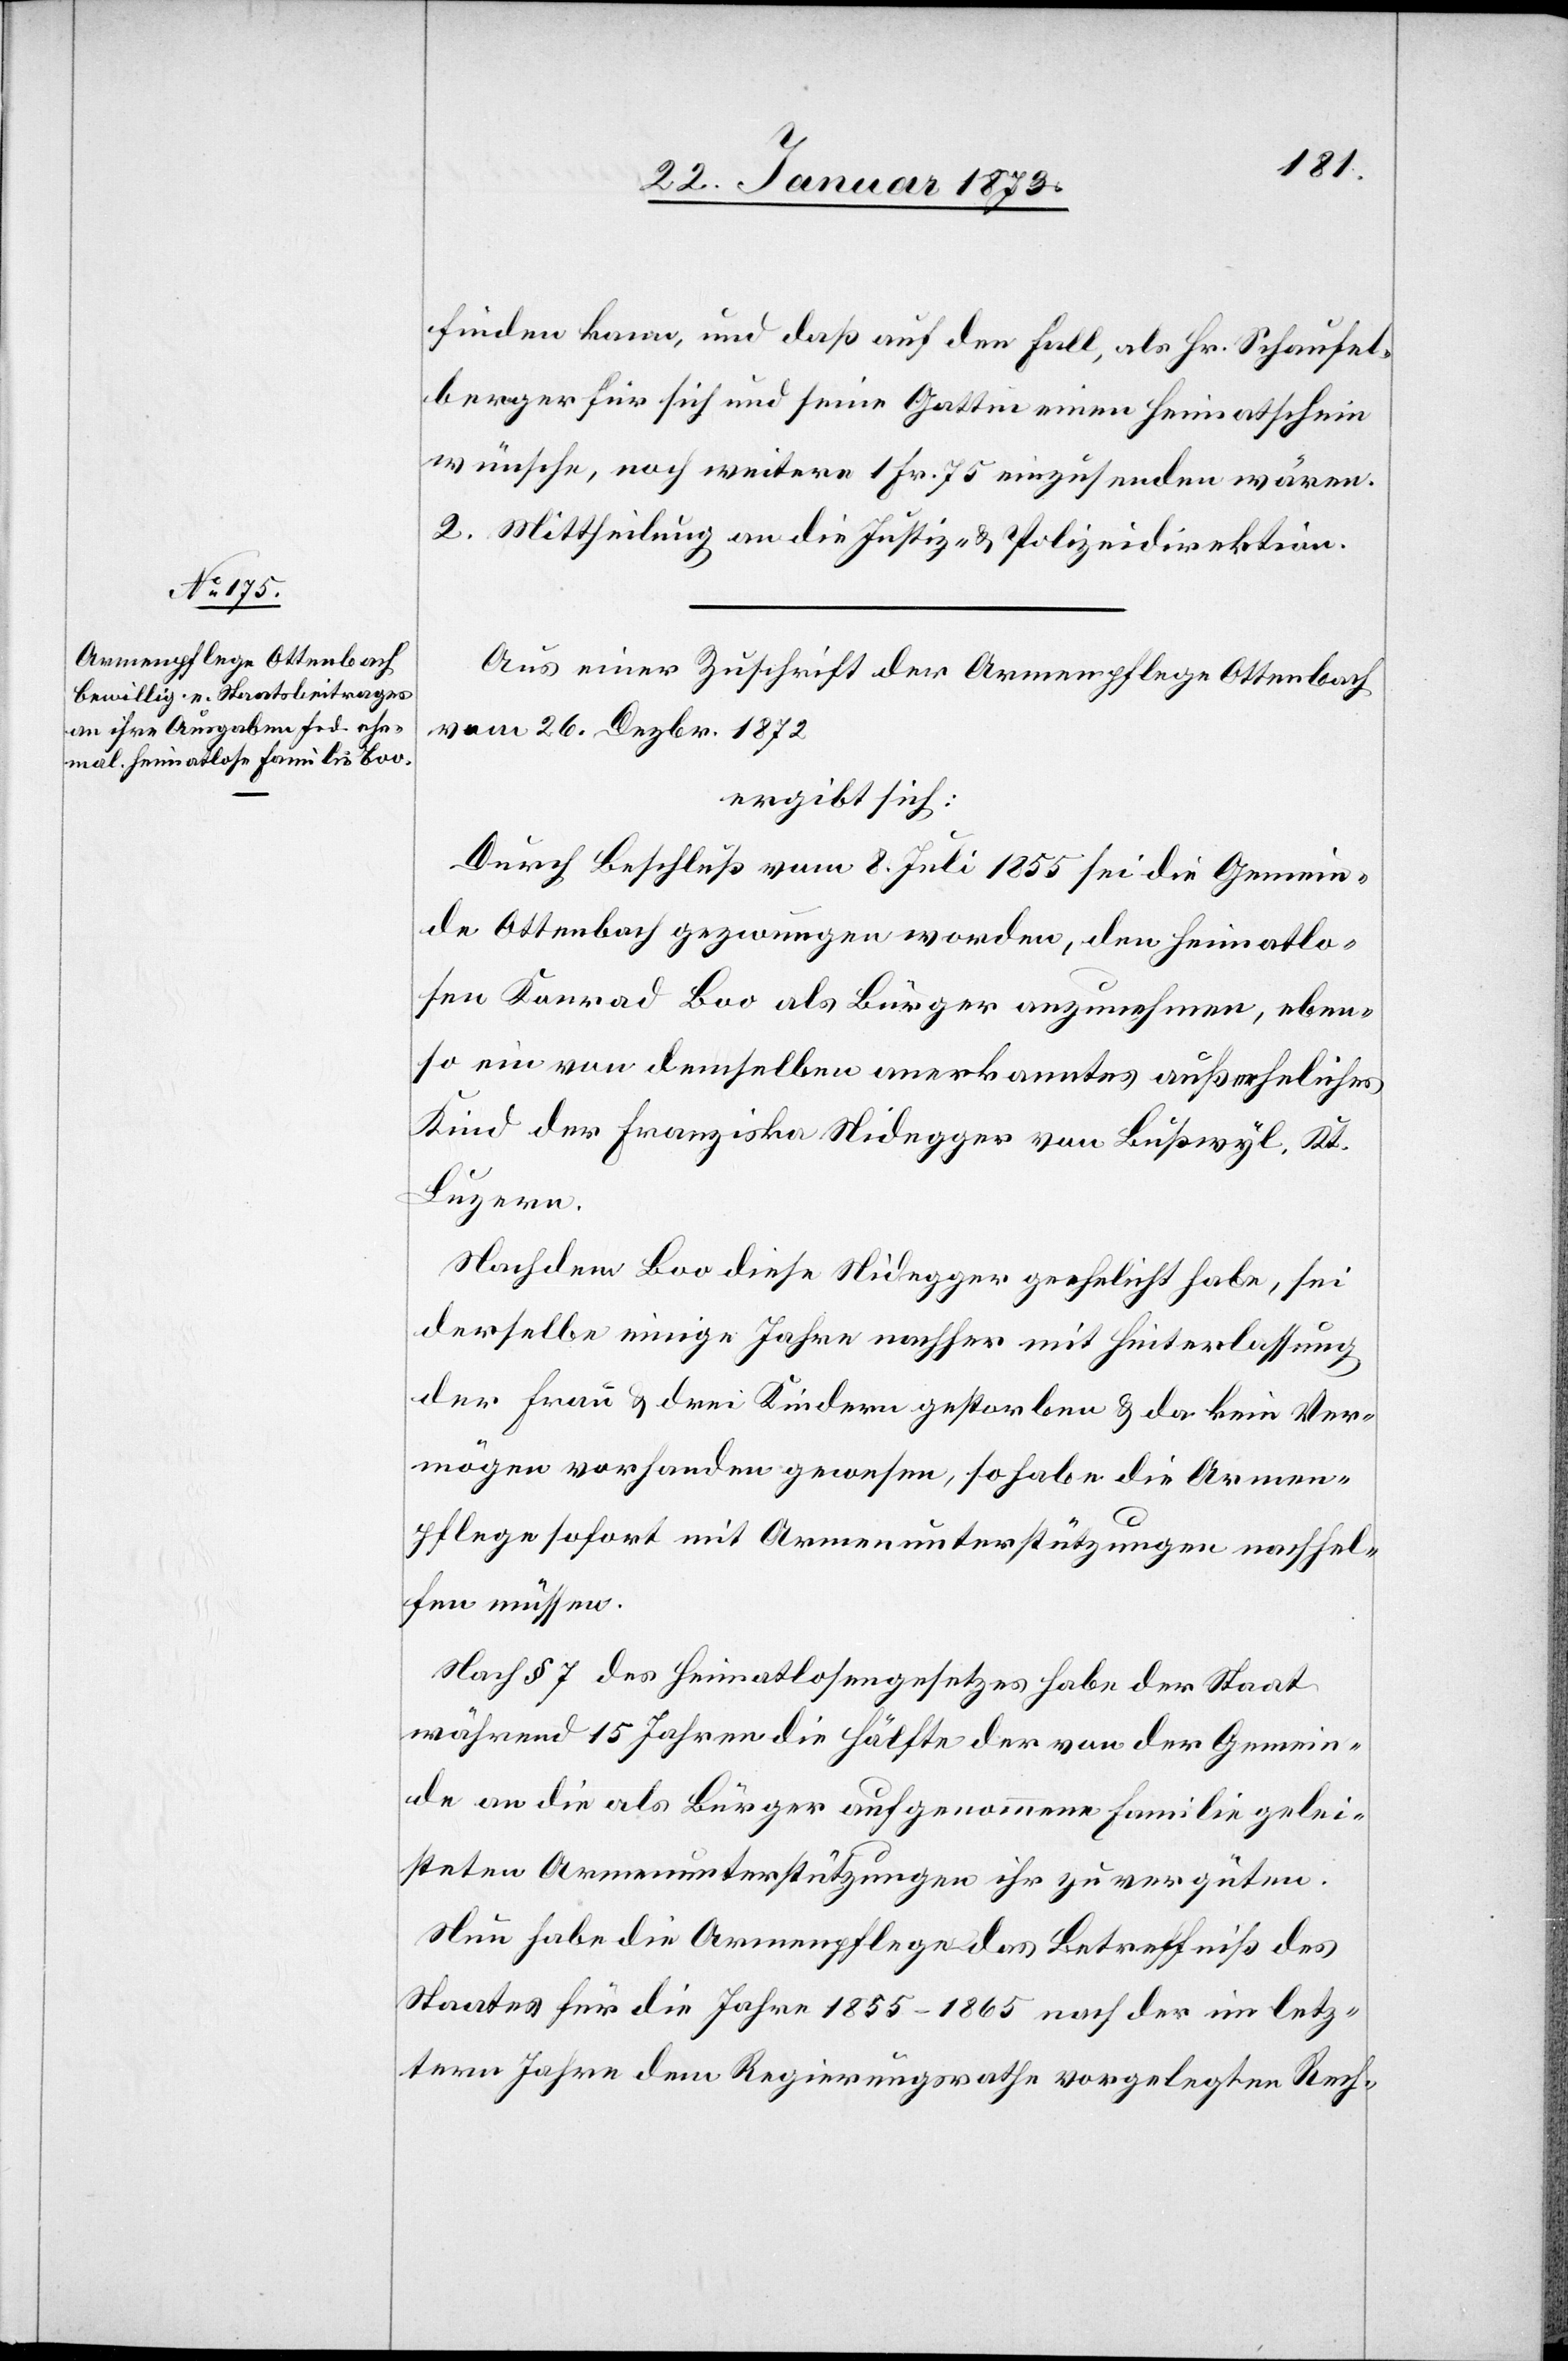
finden kann, und daß auf den Fall, als Hr. Schaufel¬
berger für sich und seine Gattin einen Heimatschein
wünsche, noch weitere 1 Fr. 75 einzusenden wären.
2. Mittheilung an die Justiz- u. Polizeidirektion.
Aus einer Zuschrift der Armenpflege Ottenbach
vom 26. Dezbr. 1872
ergibt sich:
Durch Beschluß vom 8. Juli 1855 sei die Gemein¬
de Ottenbach gezwungen worden, den heimatlo¬
sen Konrad Boo als Bürger anzunehmen, eben¬
so ein von demselben anerkanntes außer[e]heliches
Kind der Franziska Nidegger von Bußwyl, Kt.
Luzern.
Nachdem Boo diese Nidegger geehelicht habe, sei
derselbe einige Jahre nachher mit Hinterlassung
der Frau u. drei Kindern gestorben u. da kein Ver¬
mögen vorhanden gewesen, so habe die Armen¬
pflege sofort mit Armenunterstützungen nachhel¬
fen müssen.
Nach § 7 des Heimatlosengesetzes habe der Staat
während 15 Jahren die Hälfte der von der Gemein¬
de an die als Bürger aufgenommene Familie gelei¬
steten Armenunterstützungen ihr zu vergüten.
Nun habe die Armenpflege das Betreffniß des
Staates für die Jahre 1855–1865 nach der im letz¬
tern Jahre dem Regierungsrathe vorgelegten Rech-